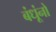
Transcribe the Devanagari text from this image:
बंधूंनो